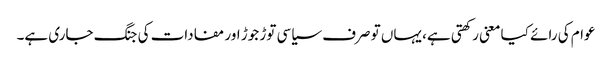
عوام کی رائے کیا معنی رکھتی ہے، یہاں تو صرف سیاسی توڑ جوڑ اور مفادات کی جنگ جاری ہے۔